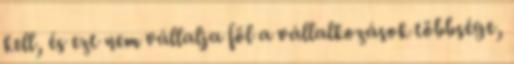
kell, és ezt nem vállalja föl a vállalkozások többsége,